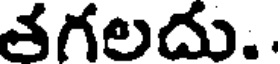
తగలదు..